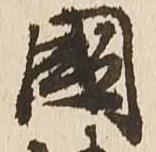
国